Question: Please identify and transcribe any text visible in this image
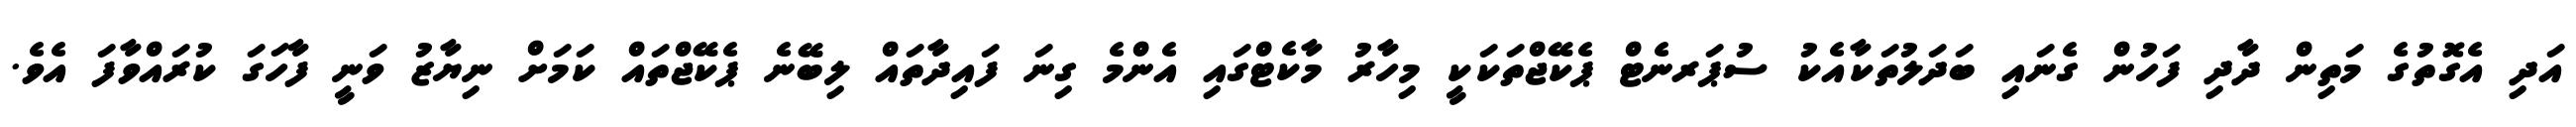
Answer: އަދި އެގޮތުގެ މަތިން ދާދި ފަހުން ގެނައި ބަދަލުތަކާއެކު ސުޕަރނެޓް ޕެކޭޖްތަކަކީ މިހާރު މާކެޓްގައި އެންމެ ގިނަ ފައިދާތައް ލިބޭނެ ޕެކޭޖްތައް ކަމަށް ނިޔާޒު ވަނީ ފާހަގަ ކުރައްވާފަ އެވެ.